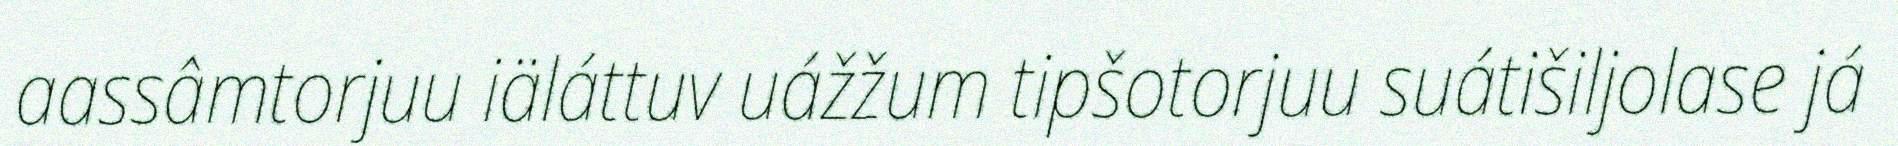
aassâmtorjuu iäláttuv uážžum tipšotorjuu suátišiljolase já